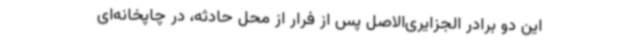
این دو برادر الجزایری‌الاصل پس از فرار از محل حادثه، در چاپخانه‌ای